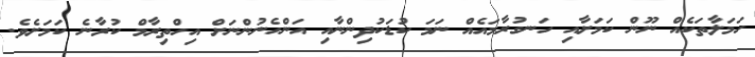
ހަމަލާތަކެއް ނޫން ކަމަށާއި ހަނގުރާމައެއް ނަމަ ކުޑަކުދިންނާއި އަންހެނުންނަށް އިހްތިރާމް ކުރާނެ ކަމަށެވެ.